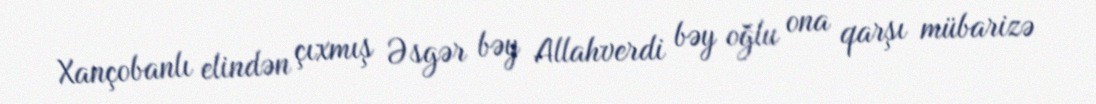
Xançobanlı elindən çıxmış Əsgər bəy Allahverdi bəy oğlu ona qarşı mübarizə